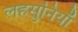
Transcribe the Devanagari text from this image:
लहसुनियाँ